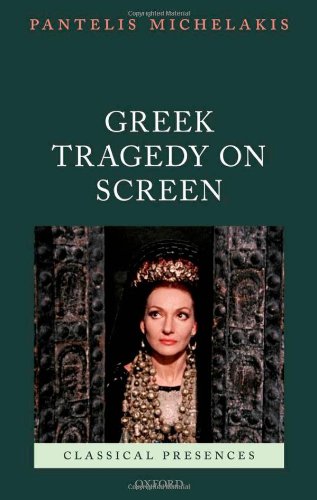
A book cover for Greek Tragedy on Screen (Classical Presences); Pantelis Michelakis; Humor & Entertainment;